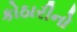
કોઠારીનો